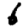
Digit: 6